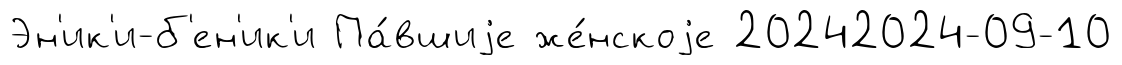
Эн'ик'и-б'ен'ик'и Па́вшиjе же́нскоjе 20242024-09-10